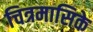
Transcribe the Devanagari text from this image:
चित्रमासिके